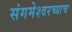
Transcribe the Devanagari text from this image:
संगमेश्वरच्याच